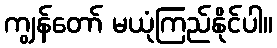
ကျွန်တော် မယုံကြည်နိုင်ပါ။